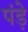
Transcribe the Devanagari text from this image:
पंड़े